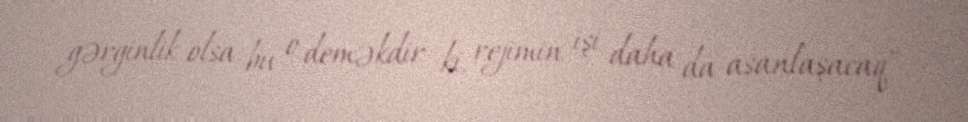
gərginlik olsa, bu o deməkdir ki, rejimin işi daha da asanlaşacaq”.